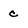
Character: c